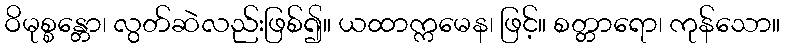
ဝိမုစ္စန္တော၊ လွတ်ဆဲလည်းဖြစ်၍။ ယထာက္ကမေန၊ ဖြင့်။ စတ္တာရော၊ ကုန်သော။